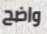
واضح